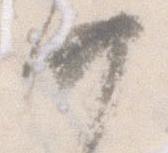
廿